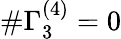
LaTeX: \# \Gamma_{3}^{(4)}=0